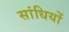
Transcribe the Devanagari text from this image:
सांधियों